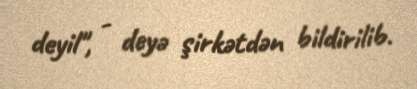
deyil", - deyə şirkətdən bildirilib.